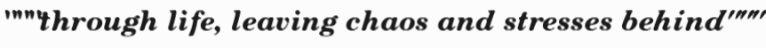
"""through life, leaving chaos and stresses behind"""